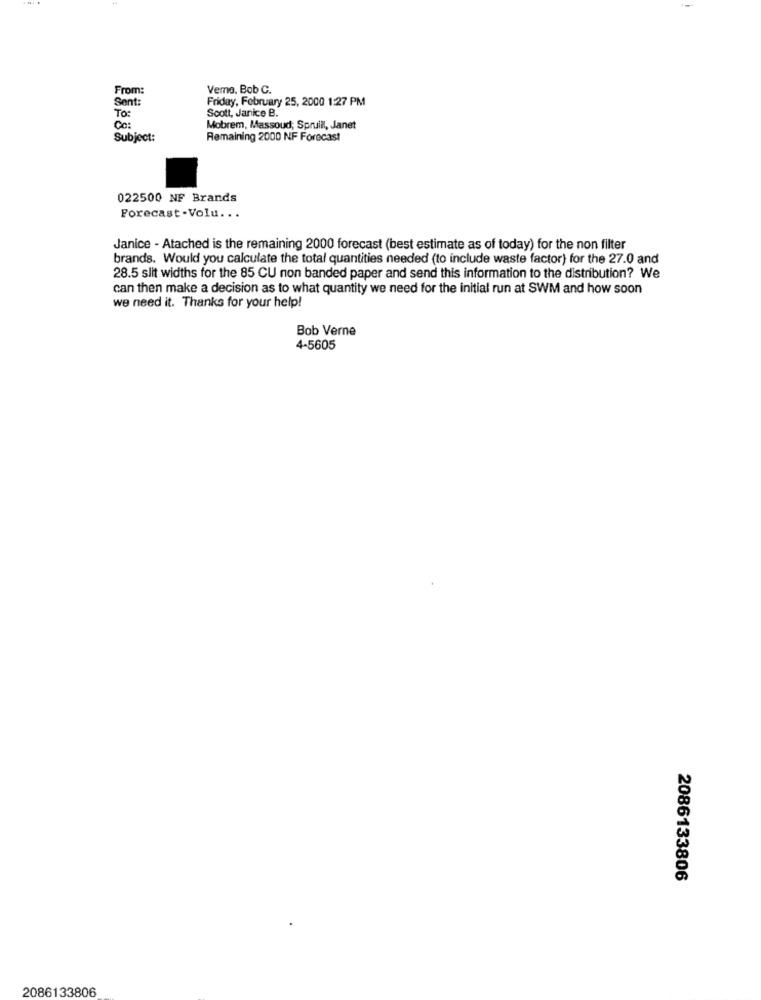
From:
Veme, Bob C.
Sent:
Friday, February 25, 2000 1:27 PM
Scott, Janice B.
To:
Cc:
Mobrem, Massoud; Spruill, Janet
Subject:
Remaining 2000 NF Forecast
022500 NF Brands
Forecast-Volu ...
Janice - Atached is the remaining 2000 forecast (best estimate as of today) for the non filter
brands. Would you calculate the total quantities needed (to include waste factor) for the 27.0 and
28.5 slit widths for the 85 CU non banded paper and send this information to the distribution? We
can then make a decision as to what quantity we need for the initial run at SWM and how soon
we need it. Thanks for your help!
Bob Verne
4-5605
2086133806
2086133806